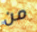
من